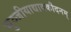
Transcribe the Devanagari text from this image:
भुञ्जीयाद्यावकौदनम्